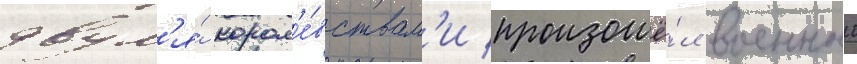
двум'я́ корол'е́вствам'и произошё́л военныи